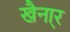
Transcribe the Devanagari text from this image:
खैना्र